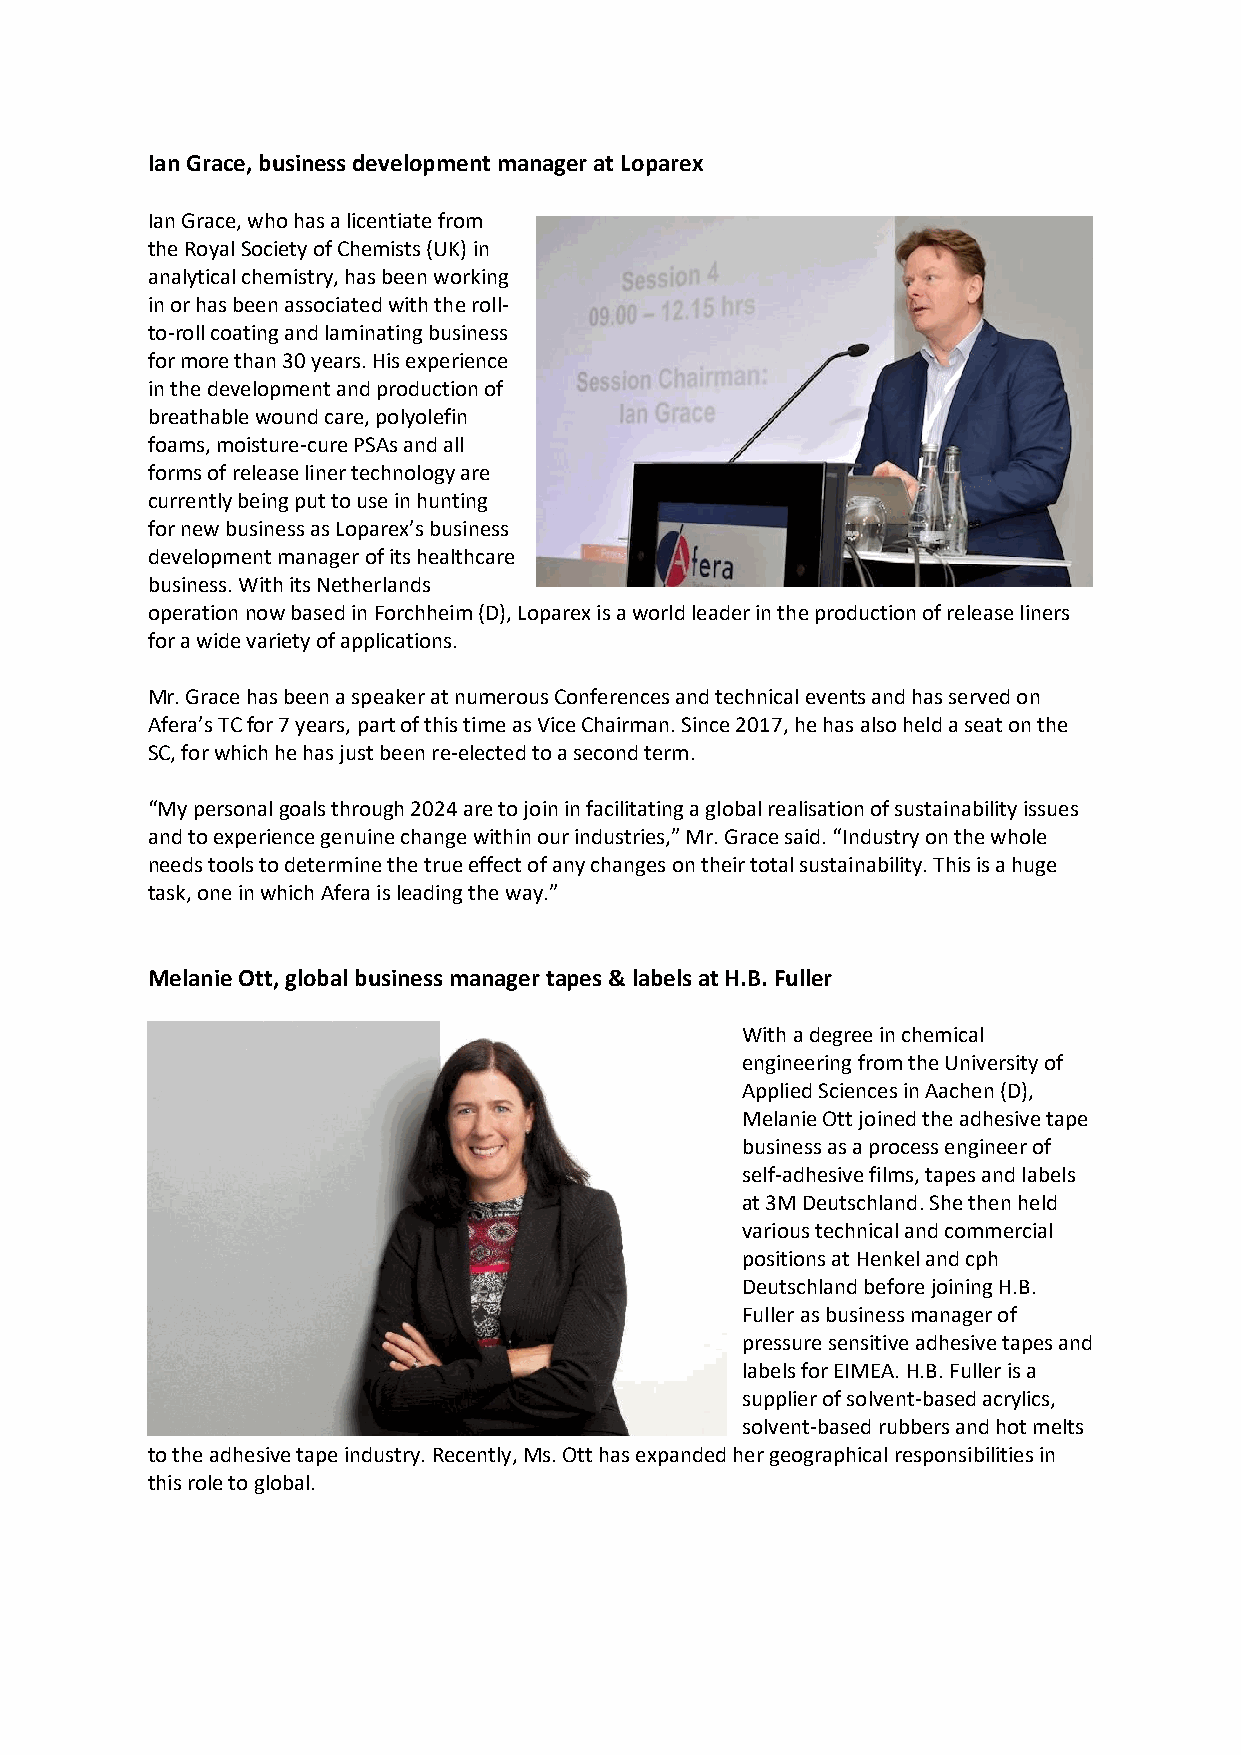
Ian Grace, business development manager at Loparex
 Ian Grace, who has a licentiate from
 the Royal Society of Chemists (UK) in
 analytical chemistry, has been working
 in or has been associated with the roll-
 to-roll coating and laminating business
 for more than 30 years. His experience
 in the development and production of
 breathable wound care, polyolefin
 foams, moisture-cure PSAs and all
 forms of release liner technology are
 currently being put to use in hunting
 ’ business
 development manager of its healthcare
 business. With its Netherlands
 operation now based in Forchheim (D), Loparex is a world leader in the production of release liners
 for a wide variety of applications.
 Mr. Grace has been a speaker at numerous Conferences and technical events and has served on
 ’ C for 7 years, part of this time as Vice Chairman. Since 2017, he has also held a seat on the
 SC, for which he has just been re-elected to a second term.
 “  personal goals through 2024 are to join in facilitating a global realisation of sustainability issues
 ,”         “
 needs tools to determine the true effect of any changes on their total sustainability. This is a huge
 ,                       ”
 Melanie Ott, global business manager tapes & labels at H.B. Fuller
 With a degree in chemical
 engineering from the University of
 Applied Sciences in Aachen (D),
 Melanie Ott joined the adhesive tape
 business as a process engineer of
 self-adhesive films, tapes and labels
 at 3M Deutschland. She then held
 various technical and commercial
 positions at Henkel and cph
 Deutschland before joining H.B.
 Fuller as business manager of
 pressure sensitive adhesive tapes and
 labels for EIMEA. H.B. Fuller is a
 supplier of solvent-based acrylics,
 solvent-based rubbers and hot melts
 to the adhesive tape industry. Recently, Ms. Ott has expanded her geographical responsibilities in
 this role to global.